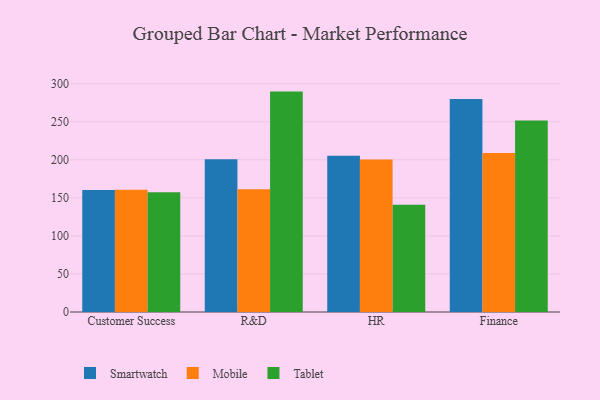
{"axis": {"x": "Department", "y": "Satisfaction Score"}, "legend": ["Mobile", "Smartwatch", "Tablet"], "data": [{"x": "Customer Success", "y": 160.4, "type": "Smartwatch"}, {"x": "Customer Success", "y": 160.6, "type": "Mobile"}, {"x": "Customer Success", "y": 157.4, "type": "Tablet"}, {"x": "R&D", "y": 200.6, "type": "Smartwatch"}, {"x": "R&D", "y": 161.4, "type": "Mobile"}, {"x": "R&D", "y": 289.6, "type": "Tablet"}, {"x": "HR", "y": 205.2, "type": "Smartwatch"}, {"x": "HR", "y": 200.4, "type": "Mobile"}, {"x": "HR", "y": 141.0, "type": "Tablet"}, {"x": "Finance", "y": 279.9, "type": "Smartwatch"}, {"x": "Finance", "y": 208.9, "type": "Mobile"}, {"x": "Finance", "y": 251.5, "type": "Tablet"}]}